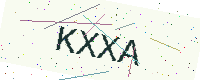
Text: KXXA